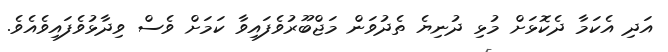
އަދި އެކަމާ ދެކޮޅަށް މުޅި ދުނިޔެ ތެދުވަން މަޖްބޫރުވެފައިވާ ކަމަށް ވެސް ވިދާޅުވެފައިވެއެވެ.